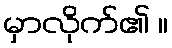
မှာလိုက်၏ ။